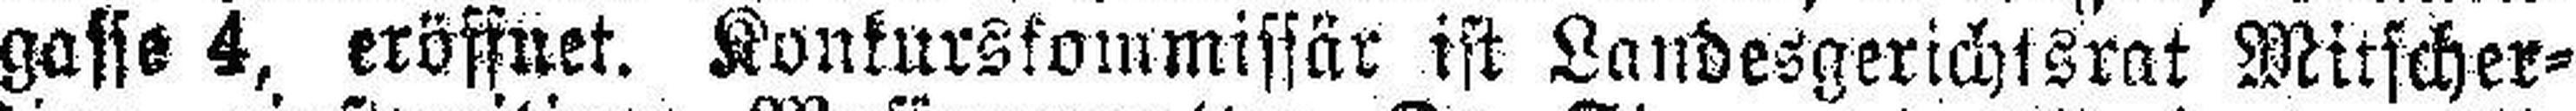
gasse 4, eröffnet. Konkurskommissär ist Landesgerichtsrat Mitscher¬